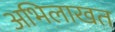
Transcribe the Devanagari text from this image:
अभिलाखत